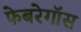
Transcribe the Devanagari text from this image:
फेबरेगॉस